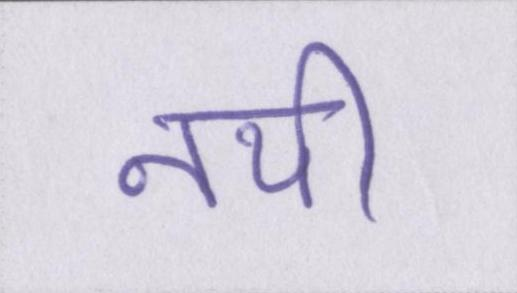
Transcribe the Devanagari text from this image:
नयी